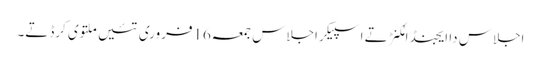
اجلاس دا ایجنڈا مُکنڑ تے اسپیکر اجلاس جمعہ16فروری تئیں ملتوی کرڈتے۔